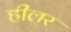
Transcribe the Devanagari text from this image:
हीलर